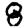
Digit: 8